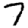
Digit: 7